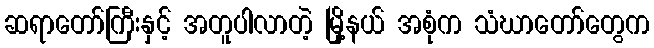
ဆရာတော်ကြီးနှင့် အတူပါလာတဲ့ မြို့နယ် အစုံက သံဃာတော်တွေက